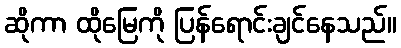
ဆိုကာ ထိုမြေကို ပြန်ရောင်းချင်နေသည်။